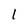
Character: 1